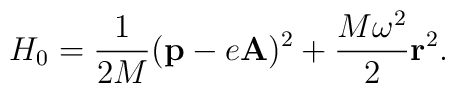
H_0 = \frac{1}{2M} ( {\bf p} - e {\bf A} )^2 +\frac{M \omega^2}{2} {\bf r}^2.